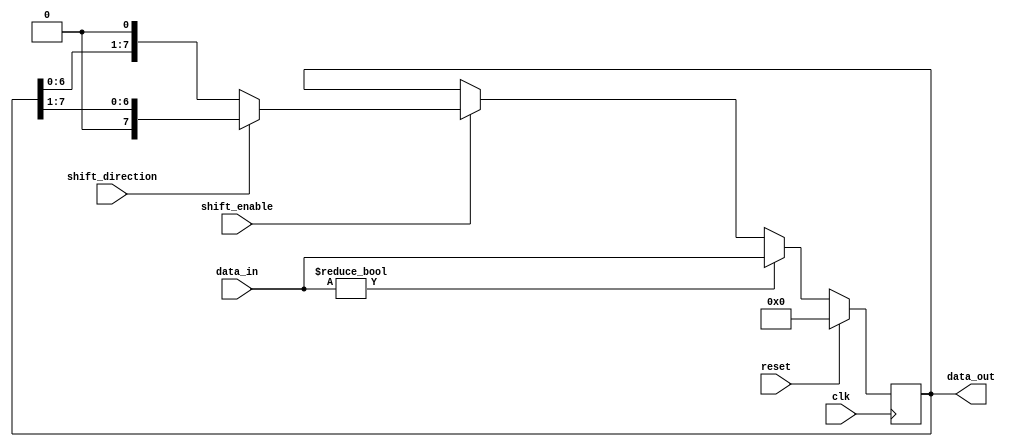
module bidirectional_shift_register(
    input wire clk, 
    input wire reset, 
    input wire shift_enable, 
    input wire shift_direction, 
    input wire [7:0] data_in, 
    output reg [7:0] data_out
);

reg [7:0] reg_data;

always @ (posedge clk) begin
    if (reset) begin
        reg_data <= 8'b0;
    end else begin
        if (shift_enable) begin
            if (shift_direction) begin // Shift right
                reg_data <= {1'b0, reg_data[7:1]};
            end else begin // Shift left
                reg_data <= {reg_data[6:0], 1'b0};
            end
        end
        
        if (data_in != 8'b0) begin
            reg_data <= data_in;
        end
    end
end

assign data_out = reg_data;

endmodule